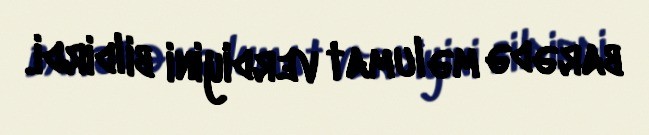
barədə məlumat verdiyini bildirdi.